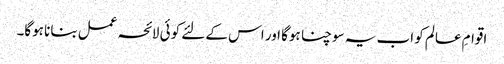
اقوامِ عالم کو اب یہ سوچنا ہوگا اور اس کے لئے کوئی لائحہ عمل بنانا ہوگا۔